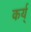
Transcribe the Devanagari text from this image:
कर्य्